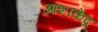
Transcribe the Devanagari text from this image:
आशाकेंद्र